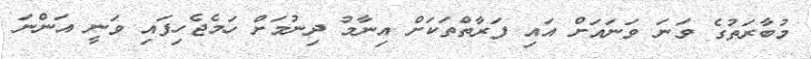
މުބާރަތުގެ ވަނަ ވަނައަށް އައި ފަރާތްތަކަށް އިނާމު ދިނުމަށް ހަމެޖެހިފައި ވަނީ އަންނަ